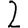
Digit: 2